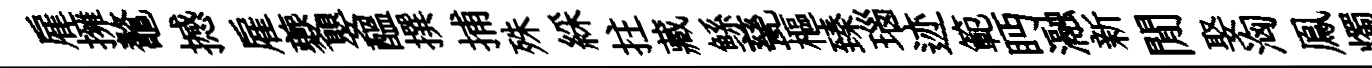
雇擁鼇撼雇夔嬰醖撰捕殊綵拄藏鲧甆樞臻瑙迹範眄瀜新閒娶洶鳯燭